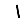
Digit: 1